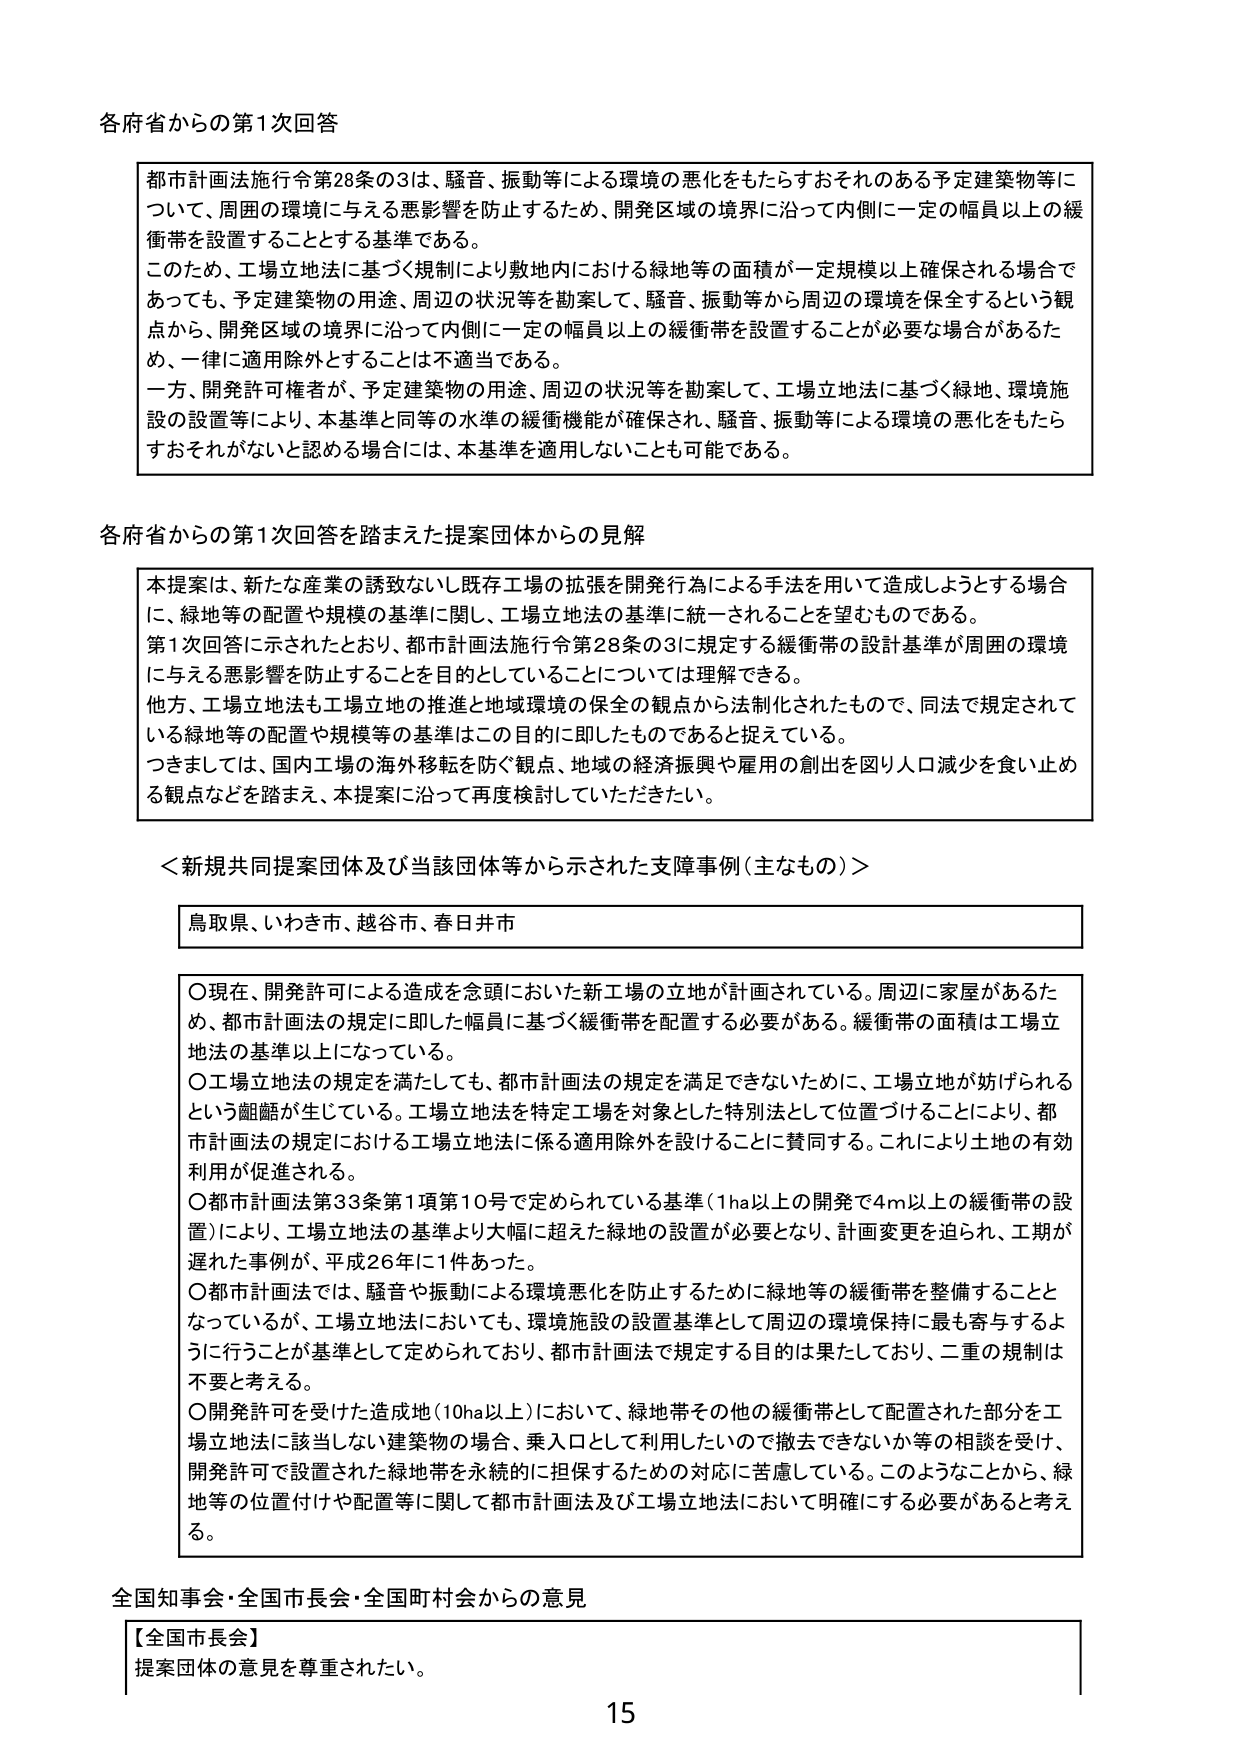
各府省からの第1次回答

都市計画法施行令第28条の3は、騒音、振動等による環境の悪化をもたらすおそれのある予定建築物等について、周囲の環境に与える悪影響を防止するため、開発区域の境界に沿って内側に一定の幅員以上の緩衝帯を設置することとする基準である。
このため、工場立地法に基づく規制により敷地内における緑地等の面積が一定規模以上確保される場合であっても、予定建築物の用途、周辺の状況等を勘案して、騒音、振動等から周辺の環境を保全するという観点から、開発区域の境界に沿って内側に一定の幅員以上の緩衝帯を設置することが必要な場合があるため、一律に適用除外とすることは不適当である。
一方、開発許可権者が、予定建築物の用途、周辺の状況等を勘案して、工場立地法に基づく緑地、環境施設の設置等により、本基準と同等の水準の緩衝機能が確保され、騒音、振動等による環境の悪化をもたらすおそれがないと認める場合には、本基準を適用しないことも可能である。

各府省からの第1次回答を踏まえた提案団体からの見解

本提案は、新たな産業の誘致ないし既存工場の拡張を開発行為による手法を用いて造成しようとする場合に、緑地等の配置や規模の基準に関し、工場立地法の基準に統一されることを望むものである。
第1次回答に示されたとおり、都市計画法施行令第28条の3に規定する緩衝帯の設計基準が周囲の環境に与える悪影響を防止することを目的としていることについては理解できる。
他方、工場立地法も工場立地の推進と地域環境の保全の観点から法制化されたもので、同法で規定されている緑地等の配置や規模等の基準はこの目的に即したものであると捉えている。
つきましては、国内工場の海外移転を防ぐ観点、地域の経済振興や雇用の創出を図り人口減少を食い止める観点などを踏まえ、本提案に沿って再度検討していただきたい。

＜新規共同提案団体及び当該団体等から示された支障事例（主なもの）＞

鳥取県、いわき市、越谷市、春日井市

○現在、開発許可による造成を念頭においた新工場の立地が計画されている。周辺に家屋があるため、都市計画法の規定に即した幅員に基づく緩衝帯を配置する必要がある。緩衝帯の面積は工場立地法の基準以上になっている。
○工場立地法の規定を満たしても、都市計画法の規定を満足できないために、工場立地が妨げられるという齟齬が生じている。工場立地法を特定工場を対象とした特別法として位置づけることにより、都市計画法の規定における工場立地法に係る適用除外を設けることに賛同する。これにより土地の有効利用が促進される。
○都市計画法第33条第1項第10号で定められている基準（1ha以上の開発で4m以上の緩衝帯の設置）により、工場立地法の基準より大幅に超えた緑地の設置が必要となり、計画変更を迫られ、工期が遅れた事例が、平成26年に1件あった。
○都市計画法では、騒音や振動による環境悪化を防止するために緑地等の緩衝帯を整備することとなっているが、工場立地法においても、環境施設の設置基準として周辺の環境保持に最も寄与するように行うことが基準として定められており、都市計画法で規定する目的は果たしており、二重の規制は不要と考える。
○開発許可を受けた造成地（10ha以上）において、緑地帯その他の緩衝帯として配置された部分を工場立地法に該当しない建築物の場合、乗入口として利用したいので撤去できないか等の相談を受け、開発許可で設置された緑地帯を永続的に担保するための対応に苦慮している。このようなことから、緑地帯の位置付けや配置等に関して都市計画法及び工場立地法において明確にする必要があると考える。

全国知事会・全国市長会・全国町村会からの意見

【全国市長会】
提案団体の意見を尊重されたい。

15